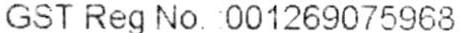
GST REG NO. : 001269075968